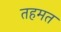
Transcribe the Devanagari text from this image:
तहमत